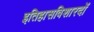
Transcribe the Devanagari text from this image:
इतिहासविशारदों